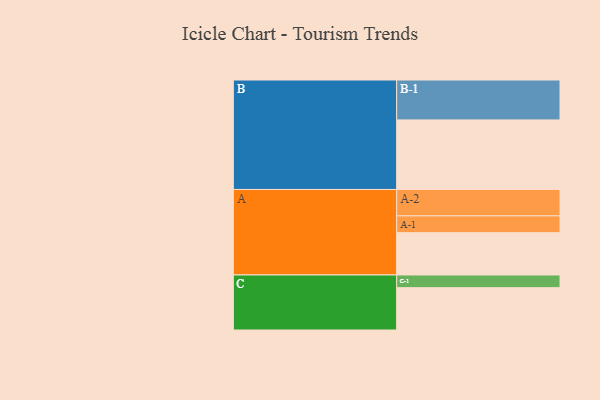
{"axis": {"x": "Segment", "y": "Value"}, "legend": ["", "A", "B", "C"], "data": [{"x": "A", "y": 300, "type": ""}, {"x": "B", "y": 493, "type": ""}, {"x": "C", "y": 300, "type": ""}, {"x": "A-1", "y": 119, "type": "A"}, {"x": "A-2", "y": 187, "type": "A"}, {"x": "B-1", "y": 283, "type": "B"}, {"x": "C-1", "y": 90, "type": "C"}]}